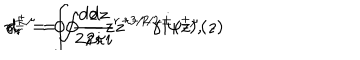
LaTeX: \gamma _ { r } ^ { \pm } = \oint \frac { d z } { 2 \pi i } z ^ { r - 3 / 2 } \gamma ^ { \pm } ( z ) , \hspace { 1 c m } d _ { r } ^ { \pm \mu } = \oint \frac { d z } { 2 \pi i } z ^ { r - 1 / 2 } i \psi ^ { \pm \mu } ( z )